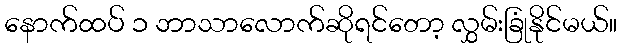
နောက်ထပ် ၁ ဘာသာလောက်ဆိုရင်တော့ လွှမ်းခြုံနိုင်မယ်။